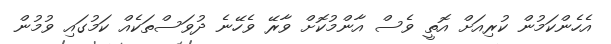
އެހެންކަމުން ކުރިއަށް އޮތީ ވެސް އާންމުކޮށް ވާރޭ ވެހޭނެ ދުވަސްތަކެއް ކަމުގައި ވުމުން